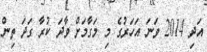
އަދި 2014 ވަނަ އަހަރުގެ މި މަގާމަށް ވާދަ ކުރާ ގަދަ ތިން